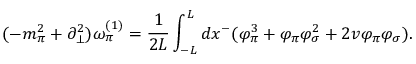
( - m _ { \pi } ^ { 2 } + \partial _ { \bot } ^ { 2 } ) \omega _ { \pi } ^ { ( 1 ) } = \frac { 1 } { 2 L } \int _ { - L } ^ { L } d x ^ { - } ( \varphi _ { \pi } ^ { 3 } + \varphi _ { \pi } \varphi _ { \sigma } ^ { 2 } + 2 v \varphi _ { \pi } \varphi _ { \sigma } ) .